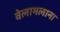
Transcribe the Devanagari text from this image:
वेलामलाना